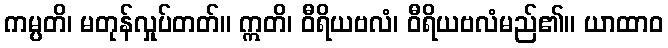
ကမ္ပတိ၊ မတုန်လှုပ်တတ်။ ဣတိ၊ ဝီရိယဗလံ၊ ဝီရိယဗလံမည်၏။ ယာထာဝ